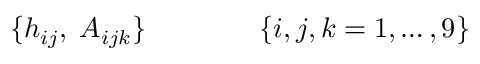
\{ h _ { i j } , \; A _ { i j k } \} \qquad \qquad \{ i , j , k = 1 , \dots , 9 \}